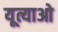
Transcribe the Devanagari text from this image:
यूत्याओ